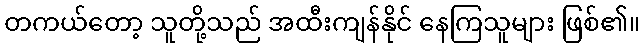
တကယ်တော့ သူတို့သည် အထီးကျန်နိုင် နေကြသူများ ဖြစ်၏။